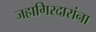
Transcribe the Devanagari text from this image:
जहागिरदारांना